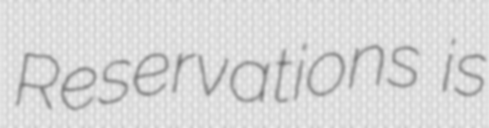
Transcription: Reservations is